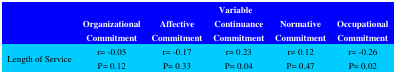
| <ROWSPAN=2>  | <COLSPAN=5> Variable |
 | OrganizationalCommitment | AffectiveCommitment | ContinuanceCommitment | NormativeCommitment | OccupationalCommitment |
 | --- | --- | --- | --- | --- | --- |
 | Length of Service | r= -0.05P= 0.12 | r= -0.17P= 0.33 | r= 0.23P= 0.04 | r= 0.12P= 0.47 | r= -0.26P= 0.02 |